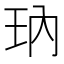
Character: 𰡱